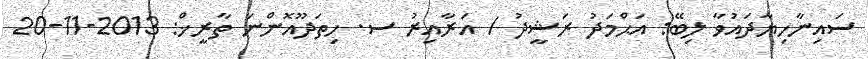
ސައިނާހިޔާދައުވާ ލިބޭ: އަޙްމަދު ރަޝީދު / އަރާއިރު ސ. ހިތަދޫއޮންނަ ތާރީޚް: 2013-11-20